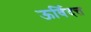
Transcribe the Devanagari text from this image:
ऊर्विदत्त